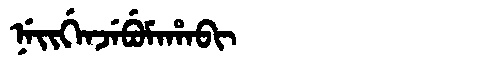
Manchu: ᠨᡝᡳᡤᡝᠨᠵᡝᠪᡠᠮᠠᡥᠠᠪᡳ
Romanization: NEIGENJEBUMAHABI